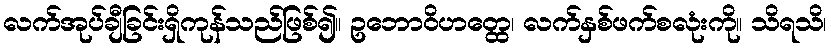
လက်အုပ်ချီခြင်းရှိကုန်သည်ဖြစ်၍။ ဥဘောဝိဟတ္ထေ၊ လက်နှစ်ဖက်စလုံးကို။ သိရသိ၊